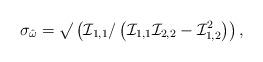
LaTeX: \begin{align*}\sigma_{\hat \omega} = \surd \left( {\cal I}_{1,1}/\left({\cal I}_{1,1} {\cal I}_{2,2} - {\cal I}_{1,2}^2\right) \right),\end{align*}